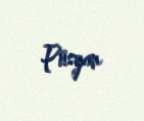
Püsyan